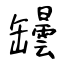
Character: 罎